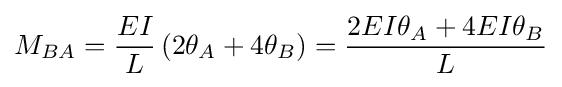
M_{BA}={\frac {EI}{L}}\left(2\theta _{A}+4\theta _{B}\right)={\frac {2EI\theta _{A}+4EI\theta _{B}}{L}}